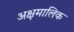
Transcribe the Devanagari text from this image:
अक्षमालिक